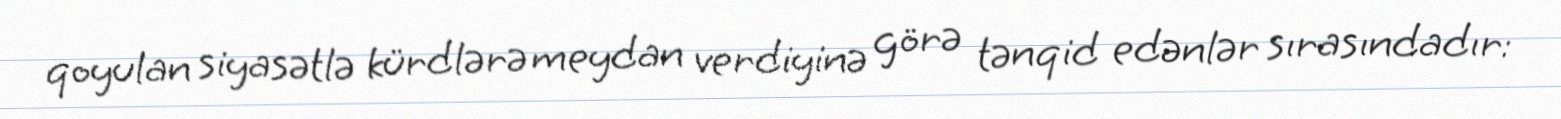
qoyulan siyasətlə kürdlərə meydan verdiyinə görə tənqid edənlər sırasındadır: